Eesti_Ajutise_Maavalitsuse_haridusosakond, lk 69
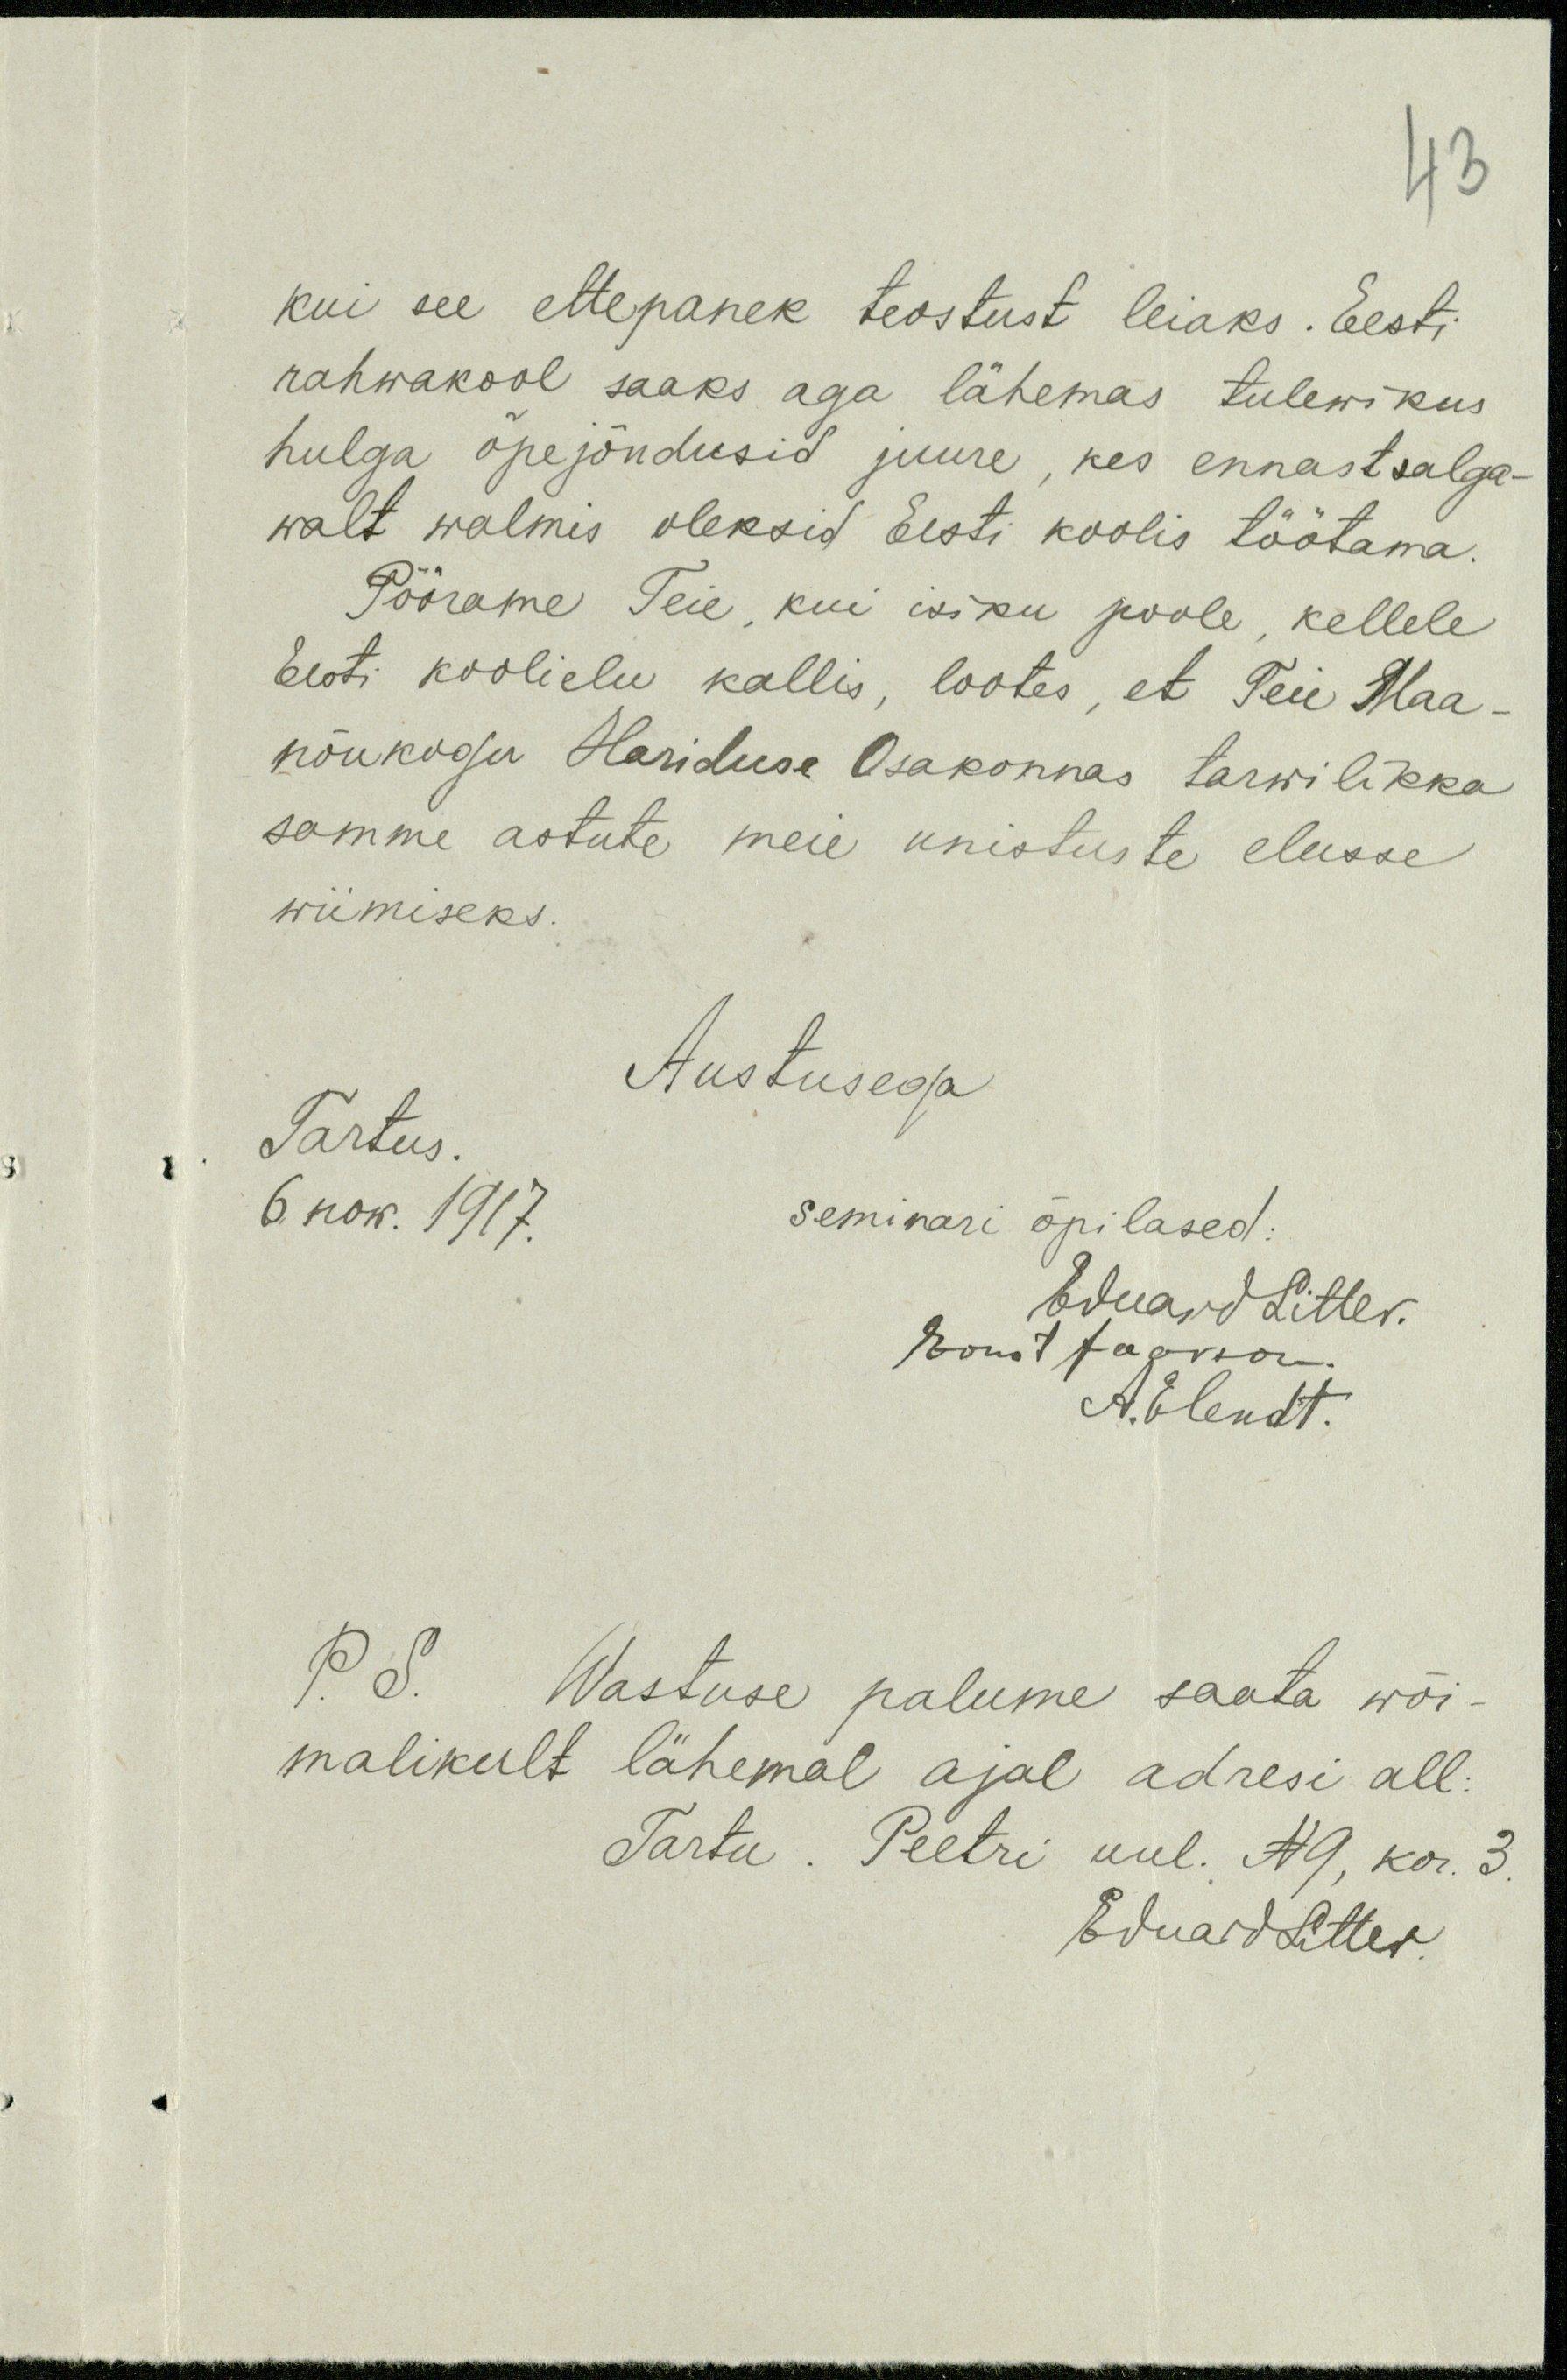
43
kui see ettepanek teostust leiaks. Eesti
rahwakool saaks aga lähemas tulewikus
hulga õpejõudusid juure, kes ennast salga-
walt walmis oleksid Eesti koolis töötama.
Pöörame Teie, kui isiku poole, kellele
Eesti koolielu kallis, lootes, et Teie Maa-
nõukogu Hariduse Osakonnas tarwilikka
samme astute meie unistuste elusse
wiimiseks.
Tartus.
Austusega
6. now. 1917.
seminari õpilased:
Eduard Litter.
Ernst Jaanson
A. Elendt.
P. S. Wastuse palume saata wõi-
malikult lähemal ajal adresi all:
Tartu. Peetri uul. N9, kor. 3.
EduardLitter.